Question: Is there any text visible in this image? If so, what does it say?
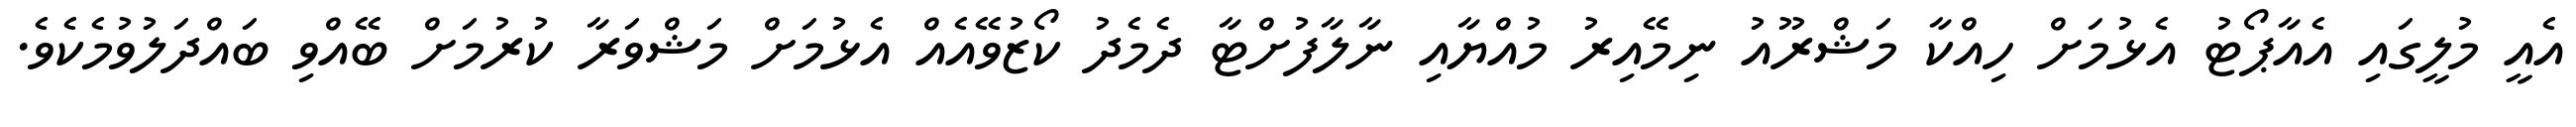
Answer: އެއީ މުލީގައި އެއާޕޯޓު އެޅުމަށް ހިއްކާ މަޝްރޫއު ނިމޭއިރު މުއްޔާއި ނާލާފުށްޓާ ދެމެދު ކޯޒުވޭއެއް އެޅުމަށް މަޝްވަރާ ކުރުމަށް ބޭއްވި ބައްދަލުވުމެކެވެ.